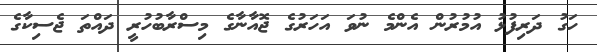
ހަގު ދަރިފުޅު އުމުރުން އެންމެ ނުވަ އަހަރުގެ ޖޮއާނާގެ މިސްރާބުހުރީ ދައްތަ ޖެސިކާގެ